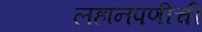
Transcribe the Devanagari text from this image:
लहानपणीची